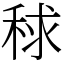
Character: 𥟇